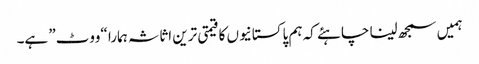
ہمیں سمجھ لینا چاہئے کہ ہم پاکستانیوں کا قیمتی ترین اثاثہ ہمارا “ووٹ” ہے۔